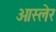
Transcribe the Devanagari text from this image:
ओस्लेर